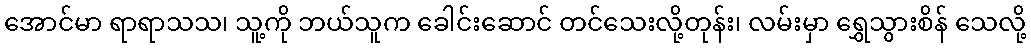
အောင်မာ ရာရာသသ၊ သူ့ကို ဘယ်သူက ခေါင်းဆောင် တင်သေးလို့တုန်း၊ လမ်းမှာ ရွှေသွားစိန် သေလို့